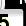
Digit: 5